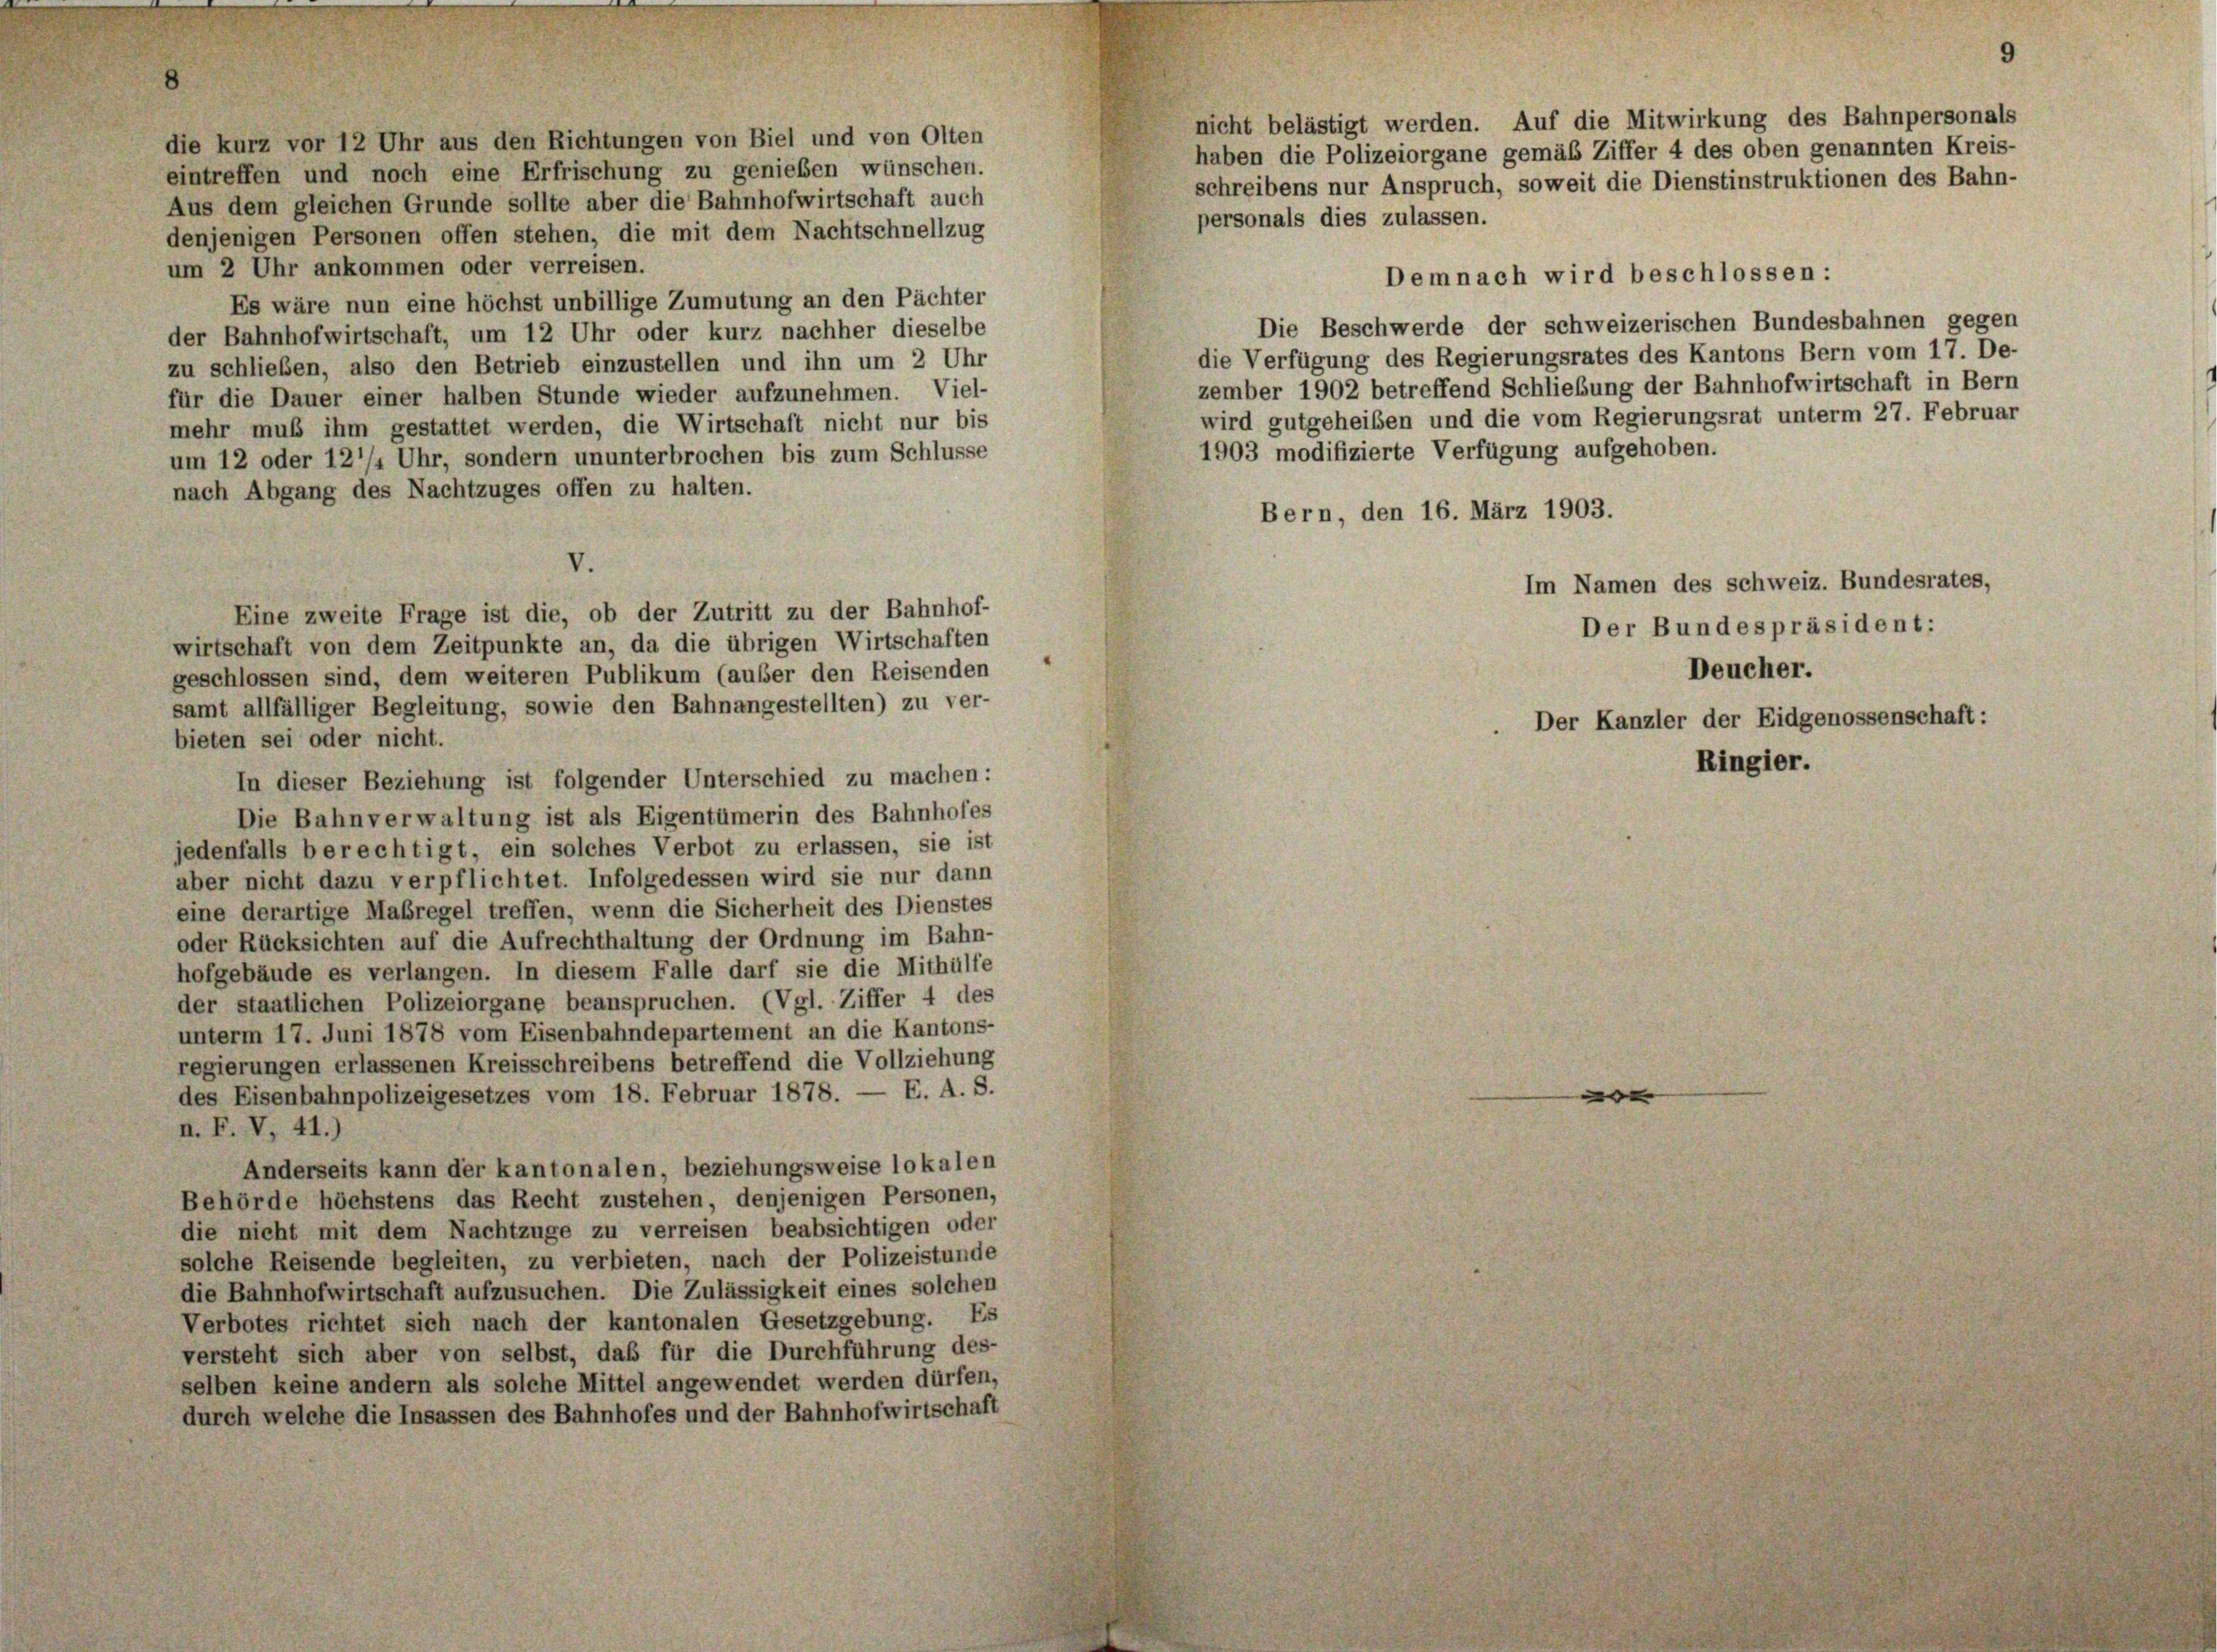
die kurz vor 12 Uhr aus den Richtungen von Biel und von Olten
eintreffen und noch eine Erfrischung zu genießen wünschen.
Aus dem gleichen Grunde sollte aber die Bahnhofwirtschaft auch
denjenigen Personen offen stehen, die mit dem Nachtschnellzug
um 2 Uhr ankommen oder verreisen.
Es wäre nun eine höchst unbillige Zumutung an den Pächter
der Bahnhofwirtschaft, um 12 Uhr oder kurz nachher dieselbe
zu schließen, also den Betrieb einzustellen und ihn um 2 Uhr
für die Dauer einer halben Stunde wieder aufzunehmen. Viel-
mehr muß ihm gestattet werden, die Wirtschaft nicht nur bis
um 12 oder 12/4 Uhr, sondern ununterbrochen bis zum Schlüsse
nach Abgang des Nachtzuges offen zu halten.
V.
Eine zweite Frage ist die, ob der Zutritt zu der Bahnhof-
wirtschaft von dem Zeitpunkte an, da die übrigen Wirtschaften
geschlossen sind, dem weiteren Publikum (auber den Reisenden
samt allfälliger Begleitung, sowie den Bahnangestellten) zu ver-
bieten sei oder nicht.
In dieser Beziehung ist folgender Unterschied zu machen:
Die Bahnverwaltung ist als Eigentümerin des Bahnhofes
jedenfalls berechtigt, ein solches Verbot zu erlassen, sie ist
aber nicht dazu verpflichtet. Infolgedessen wird sie nur dann
eine derartige Maßregel treffen, wenn die Sicherheit des Dienstes
oder Rücksichten auf die Aufrechthaltung der Ordnung im Bahn-
hofgebäude es verlangen. In diesem Falle darf sie die Mithülfe
der staatlichen Polizeiorgane beanspruchen. (Vgl. Ziffer 4 des
unterm 17. Juni 1878 vom Eisenbahndepartement an die Kantons-
regierungen erlassenen Kreisschreibens betreffend die Vollziehung
E. A. S.
des Eisenbahnpolizeigesetzes vom 18. Februar 1878. —
n. F. V, 41.)
Anderseits kann der kantonalen, beziehungsweise lokalen
Behörde höchstens das Recht zustehen, denjenigen Personen,
die nicht mit dem Nachtzuge zu verreisen beabsichtigen oder
solche Reisende begleiten, zu verbieten, nach der Polizeistunde
die Bahnhofwirtschaft aufzusuchen. Die Zulässigkeit eines solchen
Verbotes richtet sich nach der kantonalen Gesetzgebung. Es
versteht sich aber von selbst, daß für die Durchführung des-
selben keine andern als solche Mittel angewendet werden dürfen,
durch welche die Insassen des Bahnhofes und der Bahnhofwirtschaft

Die Beschwerde der schweizerischen Bundesbahnen gegen
die Verfügung des Regierungsrates des Kantons Bern vom 17. De-
zember 1902 betreffend Schließung der Bahnhofwirtschaft in Bern
wird gutgeheiben und die vom Regierungsrat unterm 27. Februar
1903 modifizierte Verfügung aufgehoben.
Bern, den 16. März 1903.
Im Namen des schweiz. Bundesrates,
Der Bundespräsident:
Deucher.
Der Kanzler der Eidgenossenschaft:

personals dies zulassen.

nicht belästigt werden. Auf die Mitwirkung des Bahnpersonals
haben die Polizeiorgane gemäß Ziffer 4 des oben genannten Kreis-
schreibens nur Anspruch, soweit die Dienstinstruktionen des Bahn-

Demnach wird beschlossen:

Ringier.